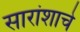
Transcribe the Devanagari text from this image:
सारांशाचे